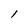
Character: l